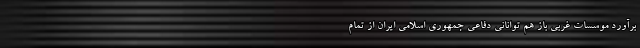
برآورد موسسات غربی باز هم توانانی دفاعی جمهوری اسلامی ایران از تمام